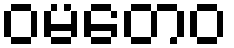
ဝမတေဝ